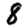
Digit: 8